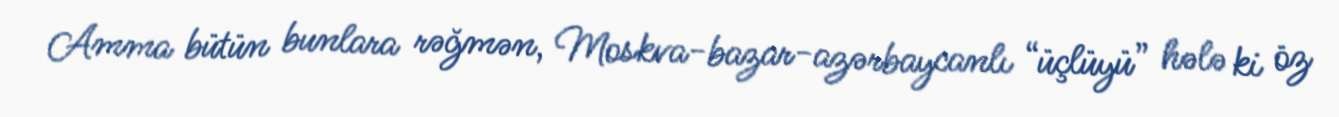
Amma bütün bunlara rəğmən, Moskva-bazar-azərbaycanlı “üçlüyü” hələ ki öz